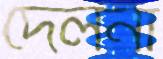
দেলনা